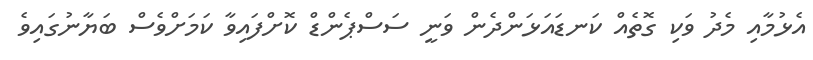
އެޅުމާއި މެދު ވަކި ގޮތެއް ކަނޑައަޅަންދެން ވަނީ ސަސްޕެންޑް ކޮށްފައިވާ ކަމަށްވެސް ބަޔާނުގައިވެ